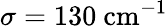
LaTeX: \sigma=130~\textrm{cm}^{-1}